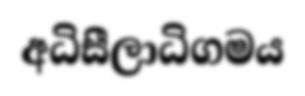
අධිසීලාධිගමය